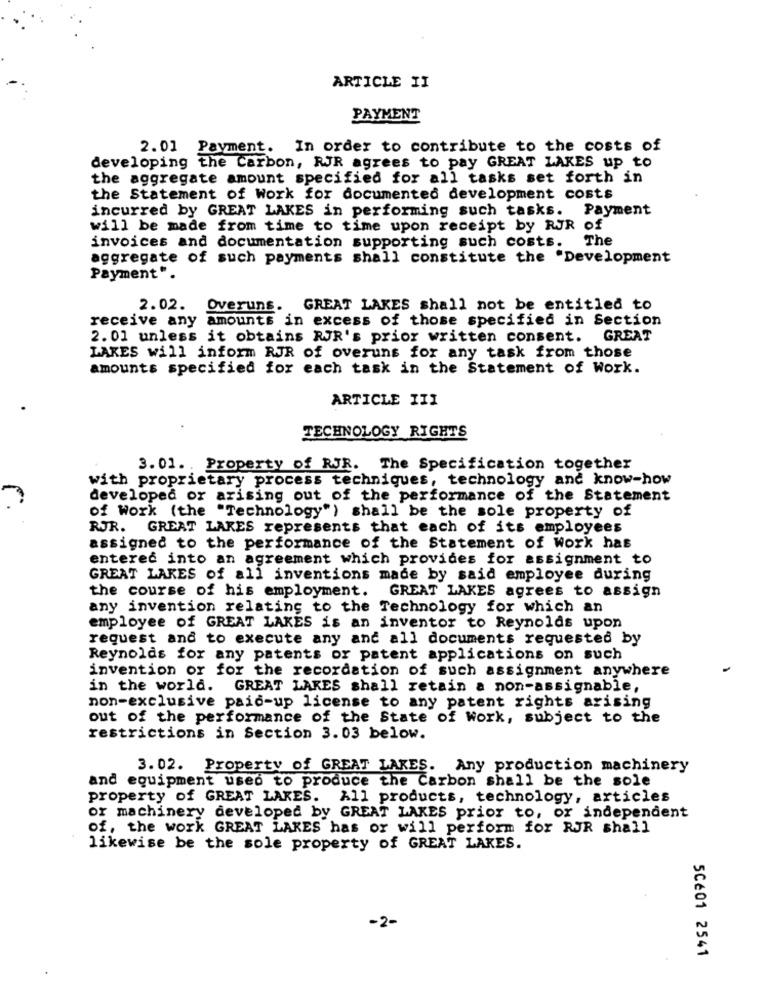
ARTICLE II
PAYMENT
2.01 Payment. In order to contribute to the costs of
developing the Carbon, RJR agrees to pay GREAT LAKES up to
the aggregate amount specified for all tasks set forth in
the Statement of Work for documented development costs
incurred by GREAT LAKES in performing such tasks.
Payment
will be made from time to time upon receipt by RJR of
The
invoices and documentation supporting such costs.
aggregate of such payments shall constitute the "Development
Payment".
2.02.
Overuns. GREAT LAKES shall not be entitled to
receive any amounts in excess of those specified in Section
2. 01 unless it obtains RUR's prior written consent. GREAT
LAKES will inform RJR of overuns for any task from those
amounts specified for each task in the Statement of Work.
ARTICLE III
TECHNOLOGY RIGHTS
3. 01. . Property of RJR. The Specification together
with proprietary process techniques, technology and know-how
developed or arising out of the performance of the Statement
of work (the "Technology") shall be the sole property of
RJR. GREAT LAKES represents that each of its employees
assigned to the performance of the Statement of work has
entered into an agreement which provides for assignment to
GREAT LAKES of all inventions made by said employee during
the course of his employment. GREAT LAKES agrees to assign
any invention relating to the Technology for which an
employee of GREAT LAKES is an inventor to Reynolds upon
request and to execute any and all documents requested by
Reynolds for any patents or patent applications on such
invention or for the recordation of such assignment anywhere
in the world. GREAT LAKES shall retain a non-assignable,
non-exclusive paid-up license to any patent rights arising
out of the performance of the State of work, subject to the
restrictions in Section 3.03 below.
3.02. Property of GREAT LAKES. Any production machinery
and equipment used to produce the Carbon shall be the sole
property of GREAT LAKES. All products, technology, articles
or machinery developed by GREAT LAKES prior to, or independent
of, the work GREAT LAKES has or will perform for RJR shall
likewise be the sole property of GREAT LAKES.
-2-
5Cé01 2541